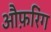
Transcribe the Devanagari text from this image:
औफ़रिंग